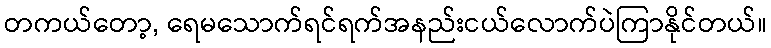
တကယ်တော့, ရေမသောက်ရင်ရက်အနည်းငယ်လောက်ပဲကြာနိုင်တယ်။